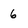
Character: 6